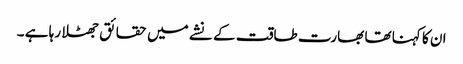
ان کا کہنا تھا بھارت طاقت کے نشے میں حقائق جھٹلا رہا ہے ۔